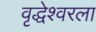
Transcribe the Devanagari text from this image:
वृद्धेश्वरला